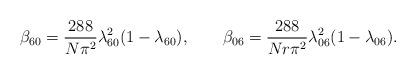
LaTeX: \begin{align*}\beta _{60}={\frac{288}{N\pi ^{2}}}\lambda _{60}^{2}(1-\lambda _{60}),\qquad\beta _{06}={\frac{288}{Nr\pi ^{2}}}\lambda _{06}^{2}(1-\lambda _{06}).\end{align*}